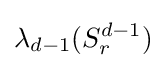
\lambda _{d-1}(S_{r}^{d-1})